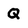
Character: Q